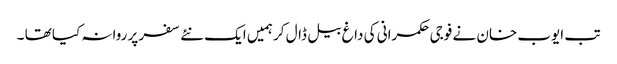
تب ایوب خان نے فوجی حکمرانی کی داغ بیل ڈال کر ہمیں ایک نئے سفر پر روانہ کیا تھا ۔